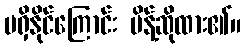
မရှိနိုင်ကြောင်း မိန့်ဆိုထား၏။